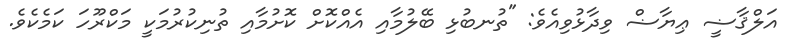
އަލްޤާޟީ ޢިޔާޟް ވިދާޅުވިއެވެ: "ތުނބުޅި ބޭލުމާއި އެއްކޮށް ކޮށުމާއި ތުނިކުރުމަކީ މަކްރޫހަ ކަމެކެވެ.